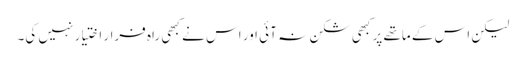
لیکن اس کے ماتھے پر کبھی شکن نہ آئی اور اس نے کبھی راہ فرار اختیار نہیں کی۔